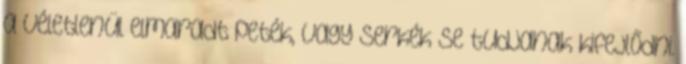
a véletlenül elmaradt peték, vagy serkék se tudjanak kifejlődni.